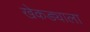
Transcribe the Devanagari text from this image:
खेकड्याला